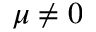
\mu \neq 0